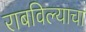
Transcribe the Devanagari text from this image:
राबविल्याचा